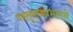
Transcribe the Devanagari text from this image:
वस्तूमानप्रभाराने